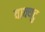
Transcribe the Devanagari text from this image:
वाक्यटु